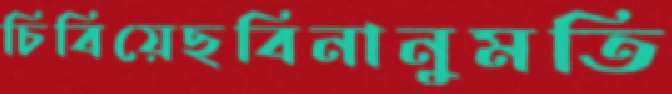
চিবিয়েছবিনানুমতি